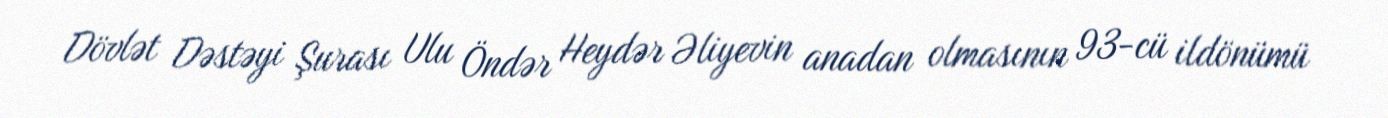
Dövlət Dəstəyi Şurası Ulu Öndər Heydər Əliyevin anadan olmasının 93-cü ildönümü